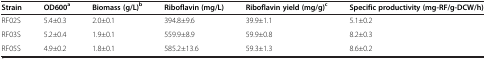
| Strain | OD600a | Biomass (g/L)b | Riboflavin (mg/L) | Riboflavin yield (mg/g)c | Specific productivity (mg-RF/g-DCW/h) |
 | --- | --- | --- | --- | --- | --- |
 | RF02S | 5.4±0.3 | 2.0±0.1 | 394.8±9.6 | 39.9±1.1 | 5.1±0.2 |
 | RF03S | 5.2±0.4 | 1.9±0.1 | 559.9±8.9 | 59.9±0.8 | 8.2±0.3 |
 | RF05S | 4.9±0.2 | 1.8±0.1 | 585.2±13.6 | 59.3±1.3 | 8.6±0.2 |